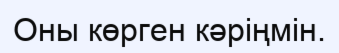
Оны көрген кәріңмін.